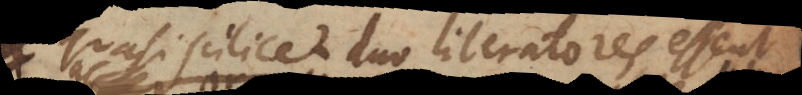
quasi scilicet duo liberatores essent